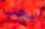
يجب